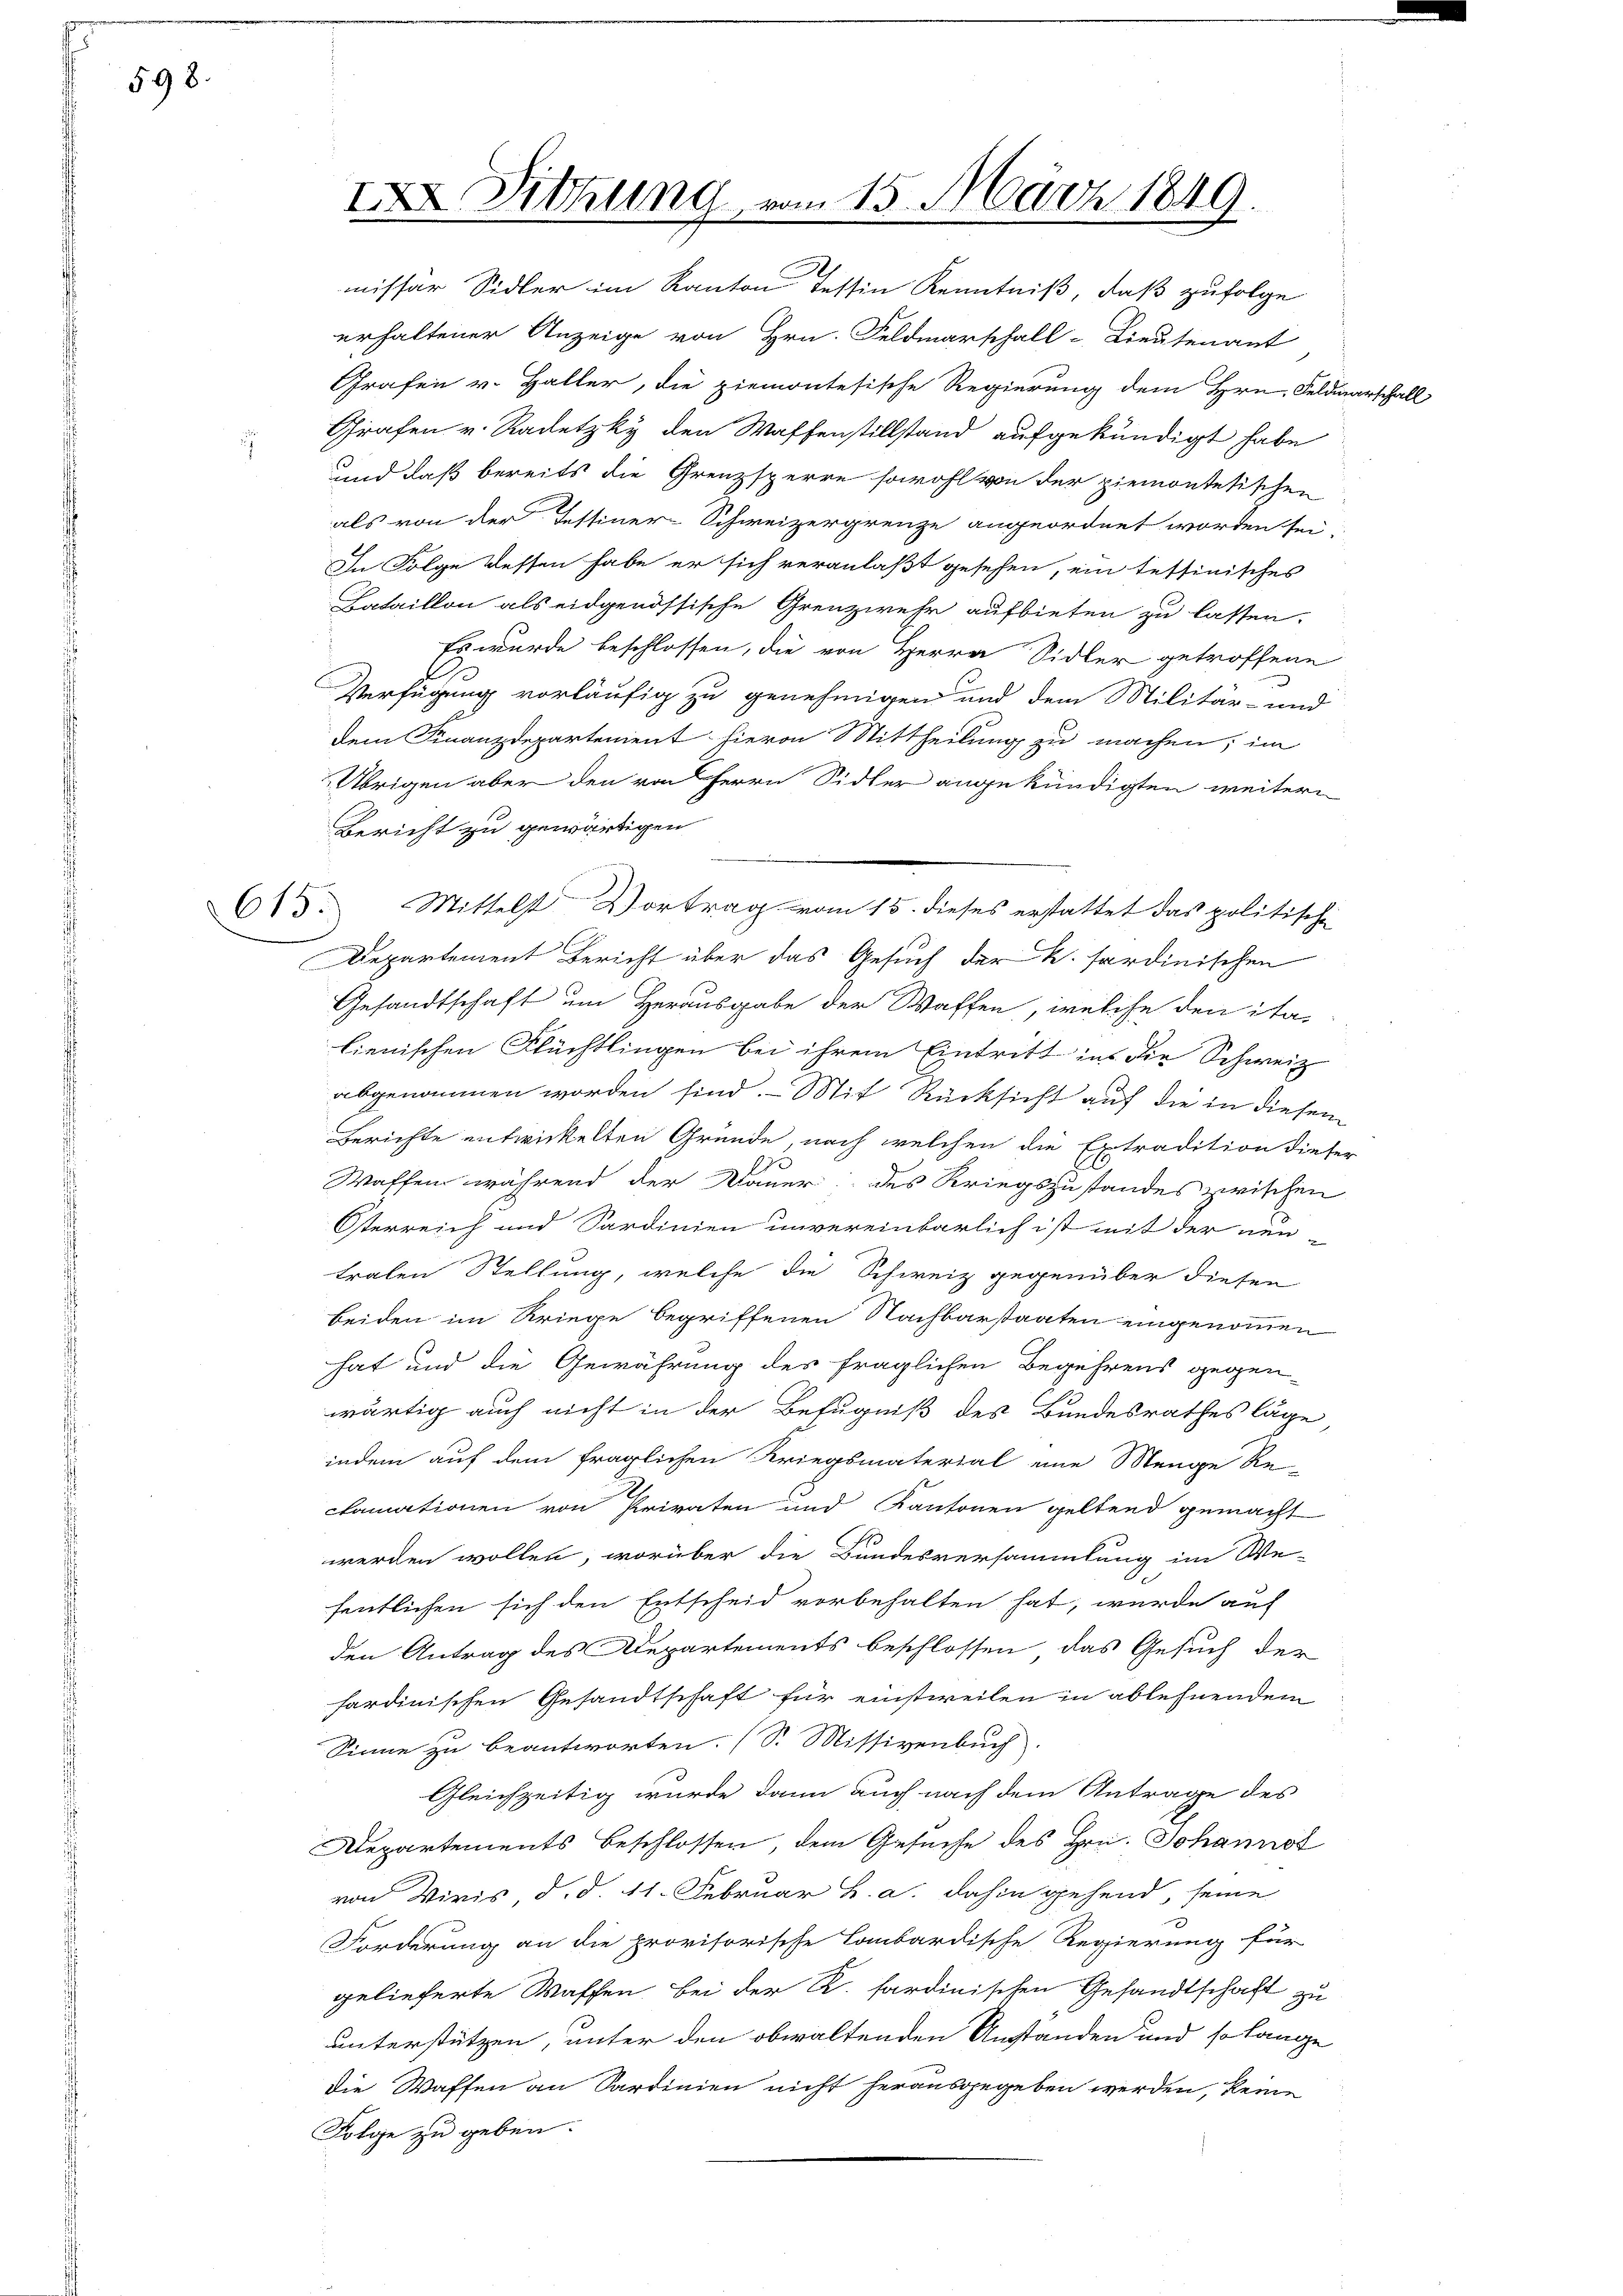
598.

missär Sidler im Kanton Tessin Kenntniß, daß zufolge
erhaltener Anzeige von Hrn. Feldmarschall-Lieutenant
Grafen v. Haller, die ziemontesische Regierung dem Hrn. Feldmarschall
Grafen v. Radetzky den Waffenstillstand aufgekündigt habe
und daß bereits die Grenzsperre sowohl von der ziemontestischen
als von der Tessiner-Schweizergrenze angeordnet worden sei.
In Folge Wessen habe er sich veranlaßt gesehen, ein tessinisches
Bataillon als eidgenössische Grenzwehr aufbieten zu lassen.
Es wurde beschlossen, die von Herrn Sidler getroffene
Verfügung vorläufig zu genehmigen und dem Militär- und
dem Finanzdepartement hievon Mittheilung zu machen; im
Übrigen aber den von Herrn Sidler angekündigten weitern
Bericht zu gewärtigen
Mittelst Vortrag vom 15. dieses erstattet das politische
Departement Bericht über das Gesuch der k. sardinischen
Gesandtschaft um Herausgabe der Waffen, welche den ita-
lienischen Flüchtlingen bei ihrem Eintritt ins die Schweiz
abgenommen worden sind. Mit Rücksicht auf die in diesem
Berichte entwickelten Gründe, nach welchen die Extradition dieser
19
Waffen während der Dauer des Kriegszustandes zwischen
Öterreich und Sardinien unvereinbarlich ist mit der neu
tralen Stellung, welche die Schweiz gegenüber diesen
beiden im Kriege begriffenen Nachbarstaaten eingenommen
hat und die Gewährung des fraglichen Begehrens gegen-
wärtig auch nicht in der Befugniß des Bundesrathes läge
indem auf dem fraglichen Kriegsmaterial eine Menge Re-
2
clamationen von Privaten und Kantonen geltend gemacht
werden wollen, worüber die Bundesversammlung im We-
fentlichen sich den Entscheid vorbehalten hat, wurde auf
den Antrag des Departements beschlossen, das Gesuch der
sardinischen Gesandtschaft für einstweilen in ablehnendem
Sinne zu beantworten. (S. Missivenbuch
Gleichzeitig wurde dann auch nach dem Antrage des
Departements Beschlossen, dem Gesuche des Hrn. Johannot
von Wiris, d. d. 11. Februar h. a. dahin gehend, seine
Forderung an die provisorische Lombardische Regierung für
gelieferte Waffen bei der K. sardinischen Gesandtschaft zu
unterstützen, unter den obwaltenden Anstanden und so lange
die Waffen an Sardinien nicht herausgegeben werden, keine
Folge zu geben.

615.

IX. Sitzung vom 15. März 1849.